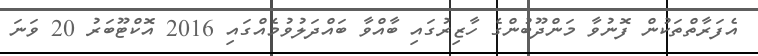
އެފަރާތްތަކުން ފޮނުވާ މަންދޫބުންގެ ހާޒިރުގައި ބާއްވާ ބައްދަލުވުމެއްގައި 2016 އޮކްޓޫބަރު 20 ވަނަ